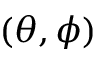
( \theta , \phi )